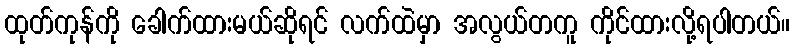
ထုတ်ကုန်ကို ခေါက်ထားမယ်ဆိုရင် လက်ထဲမှာ အလွယ်တကူ ကိုင်ထားလို့ရပါတယ်။